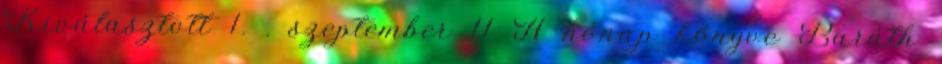
Kiválasztott 1. . szeptember 11 A hónap könyve Baráth